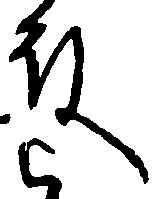
殿